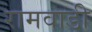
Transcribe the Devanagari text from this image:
रामवाडी